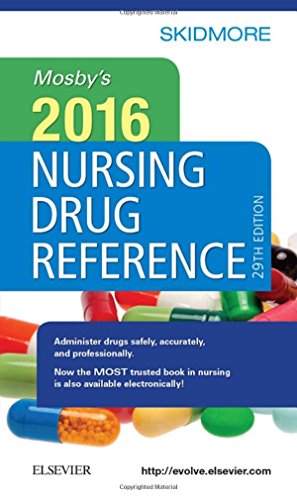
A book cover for Mosby's 2016 Nursing Drug Reference, 29e (SKIDMORE NURSING DRUG REFERENCE); Linda Skidmore-Roth RN  MSN  NP; Medical Books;